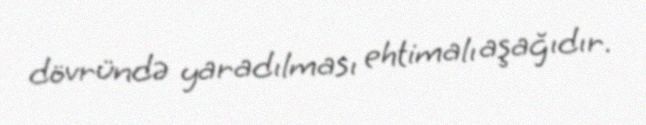
dövründə yaradılması ehtimalı aşağıdır.